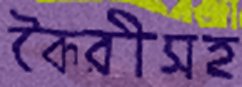
কৈরীসহ